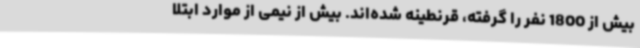
بیش از 1800 نفر را گرفته، قرنطینه شده‌اند. بیش از نیمی از موارد ابتلا